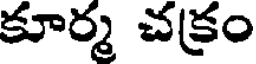
కూర్మ చక్రం